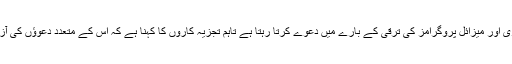
شمالی کوریا باقاعدگی سے اپنے جوہری اور میزائل پروگرامز کی ترقی کے بارے میں دعوے کرتا رہتا ہے تاہم تجزیہ کاروں کا کہنا ہے کہ اس کے متعدد دعوؤں کی آزاد ذرائع سے تصدیق کرنا ناممکن ہے۔